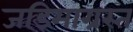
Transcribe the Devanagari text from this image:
जडिमाग्रस्त